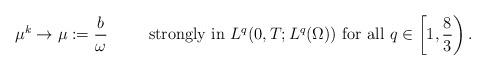
LaTeX: \begin{align*}\mu^k &\to \mu:=\frac{b}{\omega} &&\textrm{strongly in } L^{q}(0,T; L^q(\Omega)) \textrm{ for all } q\in \left[1,\frac{8}{3}\right).\end{align*}